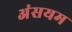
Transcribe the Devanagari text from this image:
अंसयम